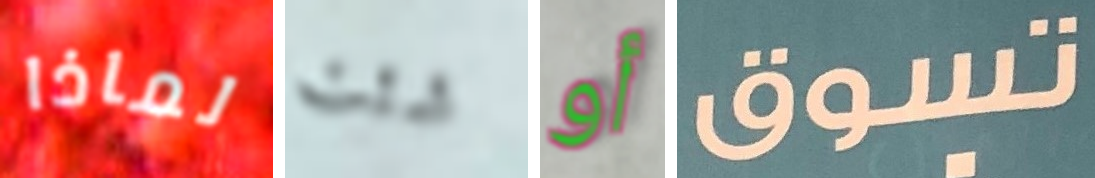
لماذا شئت أو تسوق